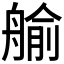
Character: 𦩞